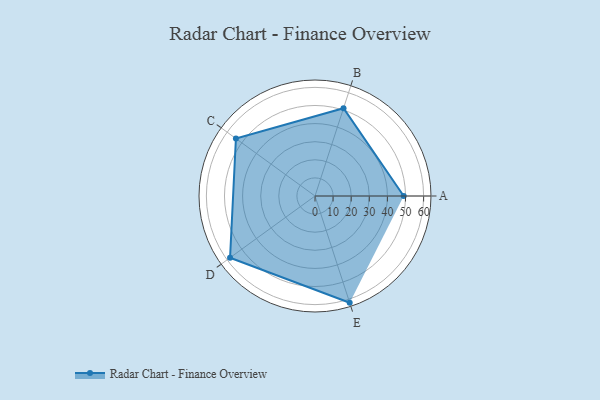
{"axis": {"x": "Skill", "y": "Score"}, "legend": ["Profile"], "data": [{"x": "A", "y": 49.0, "type": "Profile"}, {"x": "B", "y": 51.0, "type": "Profile"}, {"x": "C", "y": 54.0, "type": "Profile"}, {"x": "D", "y": 58.0, "type": "Profile"}, {"x": "E", "y": 62.0, "type": "Profile"}]}